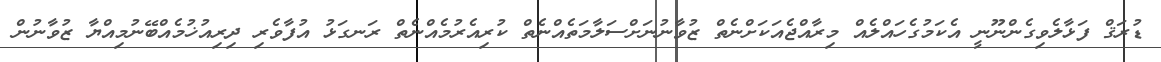
ޑުރަޤް ފަޅާލެވިގެންނޫނީ އެކަމުގެހައްލެއް މިރާއްޖެއަކަށްނެތް ޒުވާނުނަށްސަލާމަތެއްނެތް ކުރިއެރުމެއްނެތް ރަނގަޅު އުފާވެރި ދިރިއުޚުމެއްބޭނުމިއްޔާ ޒުވާނުން